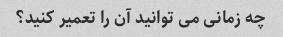
چه زمانی می توانید آن را تعمیر کنید؟